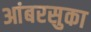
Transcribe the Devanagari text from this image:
आंबरसुका